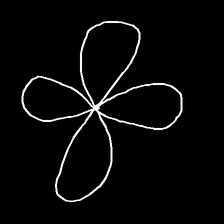
Glyph: billowing